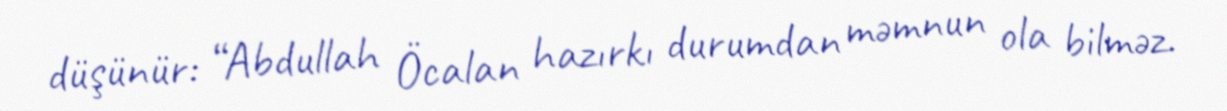
düşünür: “Abdullah Öcalan hazırkı durumdan məmnun ola bilməz.